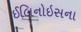
ઈલિનોઇસના